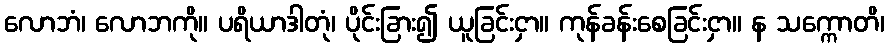
လောဘံ၊ လောဘကို။ ပရိယာဒါတုံ၊ ပိုင်းခြား၍ ယူခြင်းငှာ။ ကုန်ခန်းစေခြင်းငှာ။ န သက္ကောတိ၊